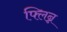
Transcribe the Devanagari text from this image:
फ्लिन्न